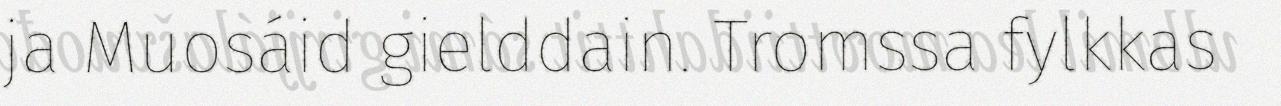
ja Muosáid gielddain. Tromssa fylkkas